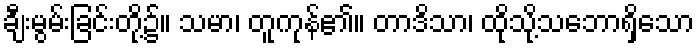
ချီးမွမ်းခြင်းတို့၌။ သမာ၊ တူကုန်၏။ တာဒိသာ၊ ထိုသို့သဘောရှိသော